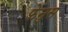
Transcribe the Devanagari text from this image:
फेनुस